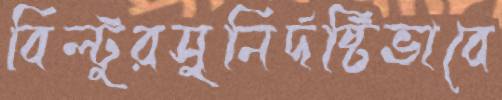
বিল্টুরসুনির্দষ্টিভাবে